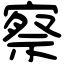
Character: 察